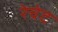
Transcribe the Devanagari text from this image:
रेचेट